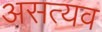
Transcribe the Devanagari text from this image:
असत्यव